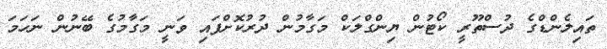
ތައިލެންޑްގެ ދުސްތޫރީ ކޯޓުން ޔިންގްލަކް މަގާމުން ދުރުކޮށްފައި ވަނީ މަގާމުގެ ބޭނުން ނަހަމަ